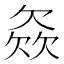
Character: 𣣓